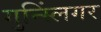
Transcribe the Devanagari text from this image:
गुन्स्लिंगर